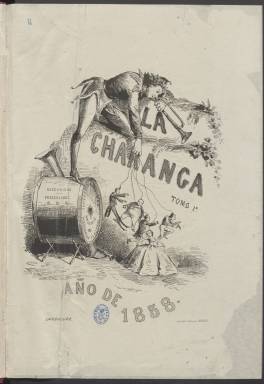
Título: La Charanga (Habana)
Colección: Periódicos
Ámbito geográfico: Cuba
Lugar de publicación: Habana
Fechas: 16/08/1857-13/02/1859

Este periódico satírico cubano nació en agosto de 1857 con carácter semanal y hacía honor a su título con un grabado en la cabecera en el que un grupo de músicos da la serenata como metáfora gráfica de los contenidos de la publicación. El dibujo de portada iba cambiando con el tiempo, con otros músicos e instrumentos, pero siempre el mensaje era el de dar la lata.

La publicación llevaba un subtítulo que era toda una descripción de su tono y contenido: ‘Periódico literario, joco-serio y casi sentimental, muy pródigo de bromas, pero no pesadas, y de cuentos, pero no de chismes, muy abundante de sátiras, caricaturas y otras cosas capaces de arrancar lágrimas a una vidriera’.

Una de sus ocho páginas era una lámina litografiada con caricaturas, aunque también se pueden ver dibujos salteados en otras como el que ilustraba su sección de Galería de personajes célebres de la última página.

La Charanga estaba dirigida por Juan Martínez Villergas, escritor, periodista y político que antes de marchar a Cuba se había significado en España por su apoyo al general Espartero y sus ataques a Narváez y el partido moderado.

 En correspondencia con el festivo título del periódico, Villergas empleaba el seudónimo de El Tambor Mayor para sus artículos costumbristas de afilado verbo. También en Cuba, años más tarde, fundaría el periódico El Moro Muza, seudónimo que utilizó para atacar a los independentistas cubanos que habían comenzado la lucha que les llevaría a separarse de España.

En La Charanga firmaba con el seudónimo de El bombo el dibujante humorístico Víctor Patricio de Landaluze, y otros colaboradores igualmente utilizaban seudónimos de instrumentos musicales.

El periódico publicaba poesías, relatos de costumbres y críticas teatrales, entre otros contenidos. Según EcuRed, la enciclopedia cubana en línea, La Charanga es probablemente el primer periódico que insertó caricaturas en Cuba.

La colección de la Biblioteca Nacional de España termina con el número de 13 de febrero de 1859, cuando tomó el subtítulo de ‘Periódico crítico-literario’. Para entonces ya no lo dirigía Villergas. En abril de ese año se fundió con el Eco de Comercio, aunque conservando su título y su formato. El último número, según EcuRed, parece ser que fue el de 29 de julio de 1860.

[Descripción publicada el 12/05/2023]